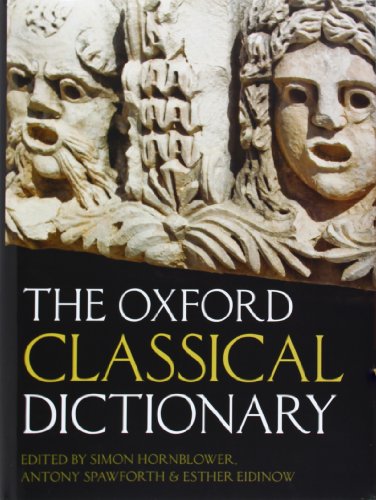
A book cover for The Oxford Classical Dictionary; Simon Hornblower; History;